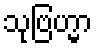
သုဗြဟ္မာ